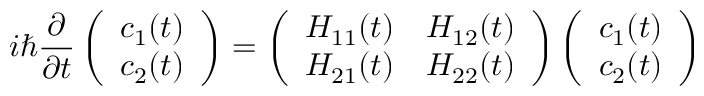
i \hbar \frac { \partial } { \partial t } \left( \begin{array} { l } { c _ { 1 } ( t ) } \\ { c _ { 2 } ( t ) } \end{array} \right) = \left( \begin{array} { l l } { H _ { 1 1 } ( t ) } & { H _ { 1 2 } ( t ) } \\ { H _ { 2 1 } ( t ) } & { H _ { 2 2 } ( t ) } \end{array} \right) \left( \begin{array} { l } { c _ { 1 } ( t ) } \\ { c _ { 2 } ( t ) } \end{array} \right)